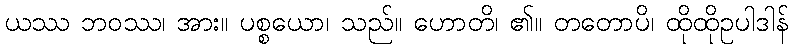
ယဿ ဘဝဿ၊ အား။ ပစ္စယော၊ သည်။ ဟောတိ၊ ၏။ တတောပိ၊ ထိုထိုဥပါဒါန်